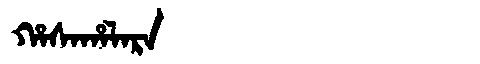
Manchu: ᡥᠠᠰᠠᡥᠠᠯᠠᡵᠠ
Romanization: HASAHALARA